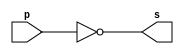
// -------------------------
// Exemplo0002 - NOT
// Nome: Victor Raphael Machado de Amorim
// -------------------------

// -------------------------
// -- not gate
// -------------------------
module notgate (output s, input p);
	assign s = ~p;
	
endmodule // notgate

// -------------------------
// -- test notgate
// -------------------------
module testnotgate;
// ------------------------- dados locais
	reg a; // definir registrador
				// (variavel independente)
	wire s; // definir conexao (fio)
				// (variavel dependente )
// ------------------------- instancia
	notgate NOT1 (s, a);
// ------------------------- preparacao
	initial begin:start
		a=0; // valor inicial
	end
// ------------------------- parte principal
 initial begin:main
		// execucao unitaria
	$display("Exemplo 0002 - Victor Raphael Machado de Amorim - 420147");
	$display("Test NOT gate:");
	$display("\n~a = s\n");
	 a=0;
  #1 $display("~%b = %b",a, s);
  	 a=1;
  #1 $display("~%b = %b", a, s);
   end
 
endmodule // testnotgate